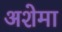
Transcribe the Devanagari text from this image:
अशेमा